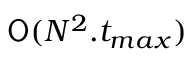
\mathsf { O } ( N ^ { 2 } . t _ { m a x } )